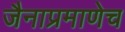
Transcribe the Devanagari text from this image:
जैनाप्रमाणेच